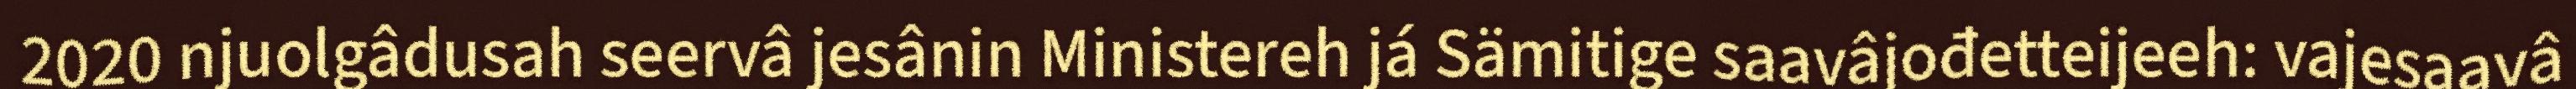
2020 njuolgâdusah seervâ jesânin Ministereh já Sämitige saavâjođetteijeeh: vajesaavâ